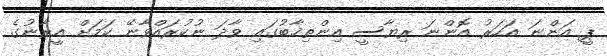
ޕީ އަންނަ އަހަރު އޮންނަ ރިޔާސީ އިންތިޚާބުގައި ވާދަ ނުކުރައްވާނޭ ކަމަށް އީރާނުގެ